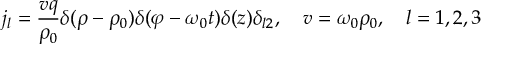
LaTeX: \sigma _ { 1 } ^ { k } \sigma _ { 2 } ^ { l } \bar { \sigma } _ { 1 } ^ { m } = \Phi ( k + 1 , l + 1 , m + 1 \mid k + 1 , l + 1 , m + 1 ) , ~ ~ ~ ~ k + l + m \leq p - 4 .